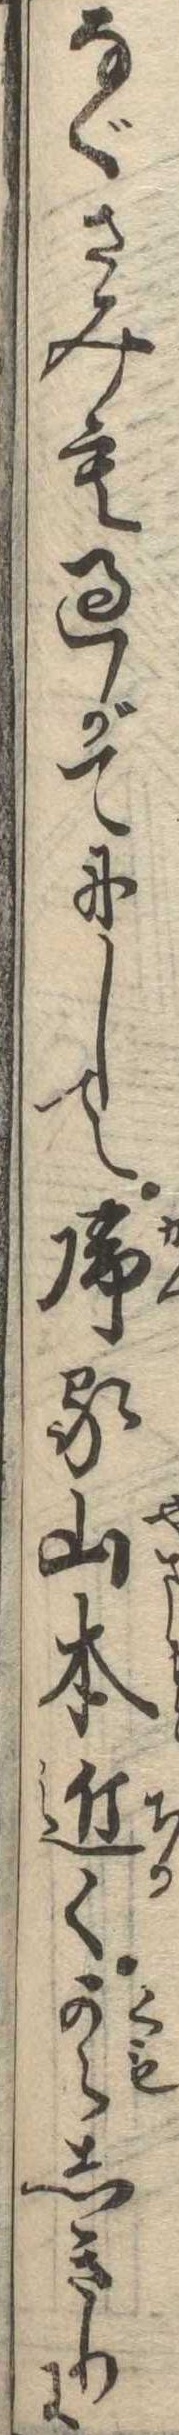
なぐさみも過がてにして帰る山本近く雲しきりに